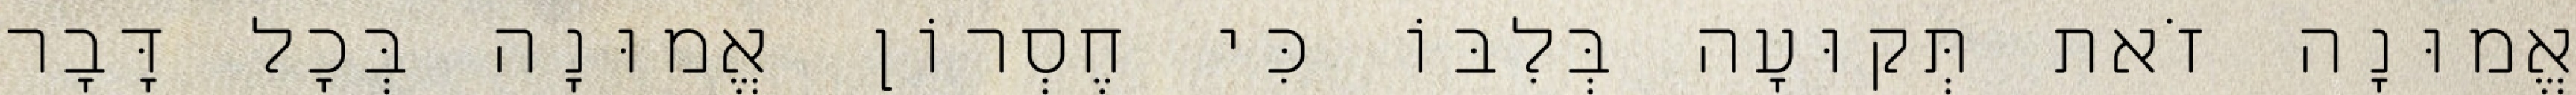
אֱמוּנָה זֹאת תְּקוּעָה בְּלִבּוֹ כִּי חֶסְרוֹן אֱמוּנָה בְּכׇל דָּבָר